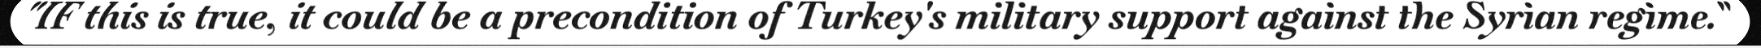
"IF this is true, it could be a precondition of Turkey's military support against the Syrian regime."